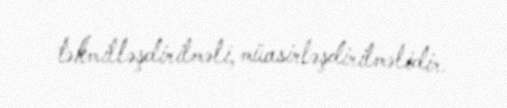
təkmilləşdirilməli, müasirləşdirilməlidir.